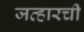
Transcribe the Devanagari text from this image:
जव्हारची